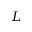
L